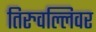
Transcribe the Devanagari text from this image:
तिरुवल्लिवर